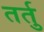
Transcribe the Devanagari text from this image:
तर्तु